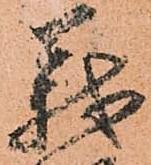
義